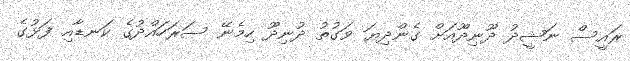
ރައީސް ނަޝީދު ދޫނިދޫއަށް ގެންދިޔަ ވަގުތު ދުނިދޫ ހިމެނޭ ސަރަހައްދުގެ ކަނޑާއި ފަޅުގެ